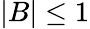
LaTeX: |B|\leq 1